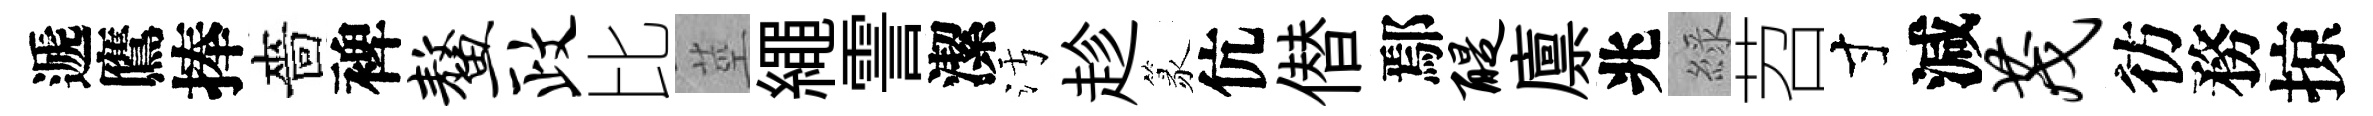
遞鷹捧嗇裨鳌政比莖繩霅潔污趁篆伉僣鄢醍廪兆綠苕寸減茂彷務掠